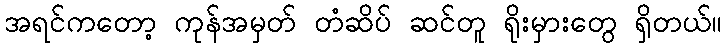
အရင်ကတော့ ကုန်အမှတ် တံဆိပ် ဆင်တူ ရိုးမှားတွေ ရှိတယ်။